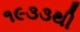
૧૯૩૩થી